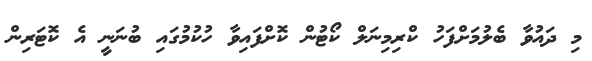
މި ދައުވާ ބެލުމަށްފަހު ކްރިމިނަލް ކޯޓުން ކޮށްފައިވާ ހުކުމުގައި ބުނަނީ އެ ކޮޓަރިން